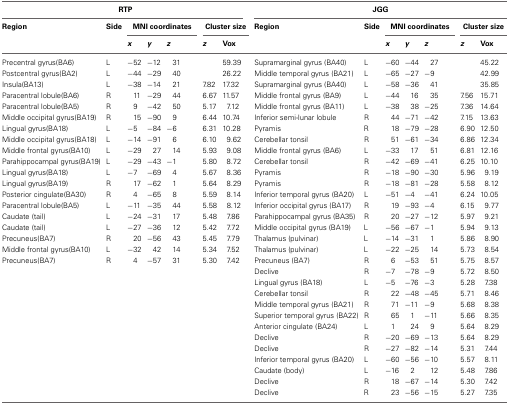
<table><thead><tr><td colspan="7"><b>RTP</b></td><td colspan="7"><b>JGG</b></td></tr><tr><td><b>Region</b></td><td><b>Side</b></td><td colspan="3"><b>MNI coordinates</b></td><td colspan="2"><b>Cluster size</b></td><td><b>Region</b></td><td><b>Side</b></td><td colspan="3"><b>MNI coordinates</b></td><td colspan="2"><b>Cluster size</b></td></tr><tr><td></td><td></td><td><b><i>x</i></b></td><td><b><i>y</i></b></td><td><b><i>z</i></b></td><td><b><i>z</i></b></td><td><b>Vox</b></td><td></td><td></td><td><b><i>x</i></b></td><td><b><i>y</i></b></td><td><b><i>z</i></b></td><td><b><i>z</i></b></td><td><b>Vox</b></td></tr></thead><tbody><tr><td>Precentral gyrus(BA6)</td><td>L</td><td>−52</td><td>−12</td><td>31</td><td></td><td>59.39</td><td>Supramarginal gyrus (BA40)</td><td>L</td><td>−60</td><td>−44</td><td>27</td><td></td><td>45.22</td></tr><tr><td>Postcentral gyrus(BA2)</td><td>L</td><td>−44</td><td>−29</td><td>40</td><td></td><td>26.22</td><td>Middle temporal gyrus (BA21)</td><td>L</td><td>−65</td><td>−27</td><td>−9</td><td></td><td>42.99</td></tr><tr><td>Insula(BA13)</td><td>L</td><td>−38</td><td>−14</td><td>21</td><td>7.82</td><td>17.32</td><td>Supramarginal gyrus (BA40)</td><td>L</td><td>−58</td><td>−36</td><td>41</td><td></td><td>35.85</td></tr><tr><td>Paracentral lobule(BA6)</td><td>R</td><td>11</td><td>−29</td><td>44</td><td>6.67</td><td>11.57</td><td>Middle frontal gyrus (BA9)</td><td>L</td><td>−44</td><td>16</td><td>35</td><td>7.56</td><td>15.71</td></tr><tr><td>Paracentral lobule(BA5)</td><td>R</td><td>9</td><td>−42</td><td>50</td><td>5.17</td><td>7.12</td><td>Middle frontal gyrus (BA11)</td><td>L</td><td>−38</td><td>38</td><td>−25</td><td>7.36</td><td>14.64</td></tr><tr><td>Middle occipital gyrus(BA19)</td><td>R</td><td>15</td><td>−90</td><td>9</td><td>6.44</td><td>10.74</td><td>Inferior semi-lunar lobule</td><td>R</td><td>44</td><td>−71</td><td>−42</td><td>7.15</td><td>13.63</td></tr><tr><td>Lingual gyrus(BA18)</td><td>L</td><td>−5</td><td>−84</td><td>−6</td><td>6.31</td><td>10.28</td><td>Pyramis</td><td>R</td><td>18</td><td>−79</td><td>−28</td><td>6.90</td><td>12.50</td></tr><tr><td>Middle occipital gyrus(BA18)</td><td>L</td><td>−14</td><td>−91</td><td>6</td><td>6.10</td><td>9.62</td><td>Cerebellar tonsil</td><td>R</td><td>51</td><td>−61</td><td>−34</td><td>6.86</td><td>12.34</td></tr><tr><td>Middle frontal gyrus(BA10)</td><td>L</td><td>−29</td><td>27</td><td>14</td><td>5.93</td><td>9.08</td><td>Middle frontal gyrus (BA6)</td><td>L</td><td>−33</td><td>17</td><td>51</td><td>6.81</td><td>12.16</td></tr><tr><td>Parahippocampal gyrus(BA19)</td><td>L</td><td>−29</td><td>−43</td><td>−1</td><td>5.80</td><td>8.72</td><td>Cerebellar tonsil</td><td>R</td><td>−42</td><td>−69</td><td>−41</td><td>6.25</td><td>10.10</td></tr><tr><td>Lingual gyrus(BA18)</td><td>L</td><td>−7</td><td>−69</td><td>4</td><td>5.67</td><td>8.36</td><td>Pyramis</td><td>R</td><td>−18</td><td>−90</td><td>−30</td><td>5.96</td><td>9.19</td></tr><tr><td>Lingual gyrus(BA19)</td><td>R</td><td>17</td><td>−62</td><td>1</td><td>5.64</td><td>8.29</td><td>Pyramis</td><td>R</td><td>−18</td><td>−81</td><td>−28</td><td>5.58</td><td>8.12</td></tr><tr><td>Posterior cingulate(BA30)</td><td>R</td><td>4</td><td>−65</td><td>8</td><td>5.59</td><td>8.14</td><td>Inferior temporal gyrus (BA20)</td><td>L</td><td>−51</td><td>−4</td><td>−41</td><td>6.24</td><td>10.05</td></tr><tr><td>Paracentral lobule(BA5)</td><td>L</td><td>−11</td><td>−35</td><td>44</td><td>5.58</td><td>8.12</td><td>Inferior occipital gyrus (BA17)</td><td>R</td><td>19</td><td>−93</td><td>−4</td><td>6.15</td><td>9.77</td></tr><tr><td>Caudate (tail)</td><td>L</td><td>−24</td><td>−31</td><td>17</td><td>5.48</td><td>7.86</td><td>Parahippocampal gyrus (BA35)</td><td>R</td><td>20</td><td>−27</td><td>−12</td><td>5.97</td><td>9.21</td></tr><tr><td>Caudate (tail)</td><td>L</td><td>−27</td><td>−36</td><td>12</td><td>5.42</td><td>7.72</td><td>Middle occipital gyrus (BA19)</td><td>L</td><td>−56</td><td>−67</td><td>−1</td><td>5.94</td><td>9.13</td></tr><tr><td>Precuneus(BA7)</td><td>R</td><td>20</td><td>−56</td><td>43</td><td>5.45</td><td>7.79</td><td>Thalamus (pulvinar)</td><td>L</td><td>−14</td><td>−31</td><td>1</td><td>5.86</td><td>8.90</td></tr><tr><td>Middle frontal gyrus(BA10)</td><td>L</td><td>−32</td><td>42</td><td>14</td><td>5.34</td><td>7.52</td><td>Thalamus (pulvinar)</td><td>L</td><td>−22</td><td>−25</td><td>14</td><td>5.73</td><td>8.54</td></tr><tr><td>Precuneus(BA7)</td><td>R</td><td>4</td><td>−57</td><td>31</td><td>5.30</td><td>7.42</td><td>Precuneus (BA7)</td><td>R</td><td>6</td><td>−53</td><td>51</td><td>5.75</td><td>8.57</td></tr><tr><td></td><td></td><td></td><td></td><td></td><td></td><td></td><td>Declive</td><td>R</td><td>−7</td><td>−78</td><td>−9</td><td>5.72</td><td>8.50</td></tr><tr><td></td><td></td><td></td><td></td><td></td><td></td><td></td><td>Lingual gyrus (BA18)</td><td>L</td><td>−5</td><td>−76</td><td>−3</td><td>5.28</td><td>7.38</td></tr><tr><td></td><td></td><td></td><td></td><td></td><td></td><td></td><td>Cerebellar tonsil</td><td>R</td><td>22</td><td>−48</td><td>−45</td><td>5.71</td><td>8.46</td></tr><tr><td></td><td></td><td></td><td></td><td></td><td></td><td></td><td>Middle temporal gyrus (BA21)</td><td>R</td><td>71</td><td>−11</td><td>−9</td><td>5.68</td><td>8.38</td></tr><tr><td></td><td></td><td></td><td></td><td></td><td></td><td></td><td>Superior temporal gyrus (BA22)</td><td>R</td><td>65</td><td>1</td><td>−11</td><td>5.66</td><td>8.35</td></tr><tr><td></td><td></td><td></td><td></td><td></td><td></td><td></td><td>Anterior cingulate (BA24)</td><td>L</td><td>1</td><td>24</td><td>9</td><td>5.64</td><td>8.29</td></tr><tr><td></td><td></td><td></td><td></td><td></td><td></td><td></td><td>Declive</td><td>R</td><td>−20</td><td>−69</td><td>−13</td><td>5.64</td><td>8.29</td></tr><tr><td></td><td></td><td></td><td></td><td></td><td></td><td></td><td>Declive</td><td>R</td><td>−27</td><td>−82</td><td>−14</td><td>5.31</td><td>7.44</td></tr><tr><td></td><td></td><td></td><td></td><td></td><td></td><td></td><td>Inferior temporal gyrus (BA20)</td><td>L</td><td>−60</td><td>−56</td><td>−10</td><td>5.57</td><td>8.11</td></tr><tr><td></td><td></td><td></td><td></td><td></td><td></td><td></td><td>Caudate (body)</td><td>L</td><td>−16</td><td>2</td><td>12</td><td>5.48</td><td>7.86</td></tr><tr><td></td><td></td><td></td><td></td><td></td><td></td><td></td><td>Declive</td><td>R</td><td>18</td><td>−67</td><td>−14</td><td>5.30</td><td>7.42</td></tr><tr><td></td><td></td><td></td><td></td><td></td><td></td><td></td><td>Declive</td><td>R</td><td>23</td><td>−56</td><td>−15</td><td>5.27</td><td>7.35</td></tr></tbody></table>